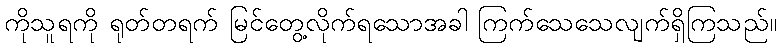
ကိုသူရကို ရုတ်တရက် မြင်တွေ့လိုက်ရသောအခါ ကြက်သေသေလျက်ရှိကြသည်။